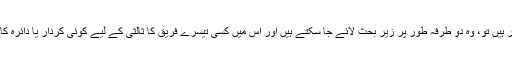
مزید مسائل، اگر ہیں تو، وہ دو طرفہ طور پر زیر بحث لائے جا سکتے ہیں اور اس میں کسی تیسرے فریق کا ثالثی کے لیے کوئی کردار یا دائرہ کار نہیں ہو سکتا۔